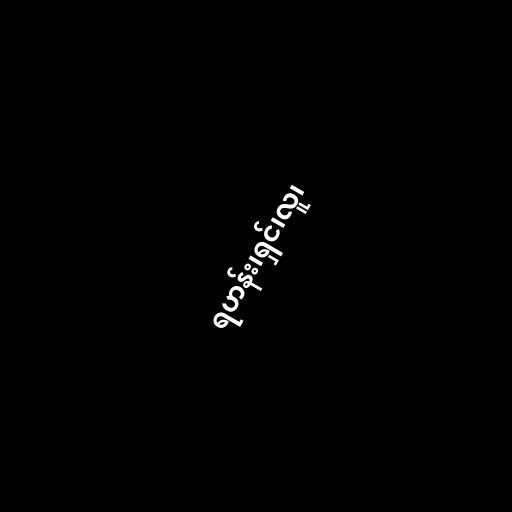
ရဟန်း၊ရှင်၊လူ၊